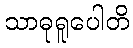
သာဓုရူပေါတိ